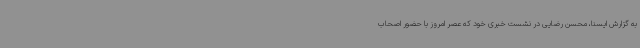
به گزارش ایسنا، محسن رضایی در نشست خبری خود که عصر امروز با حضور اصحاب